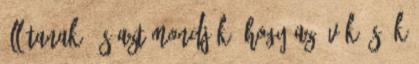
állítanak, és azt mondják, hogy az övék és ők